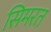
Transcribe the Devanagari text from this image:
सिमरत